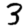
Digit: 3